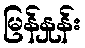
မြန်နှုန်း